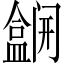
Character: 𫣽